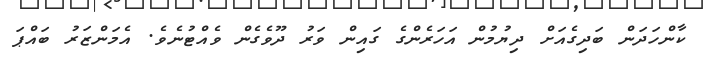
ކާންހަދަން ބަދިގެއަށް ދިޔުމުން އަހަރެންގެ ގައިން ވަރު ދޫވެގެން ވެއްޓުނެވެ. އެމަންޒަރު ބައްޕަ